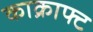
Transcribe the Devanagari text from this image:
काक्राफ्ट